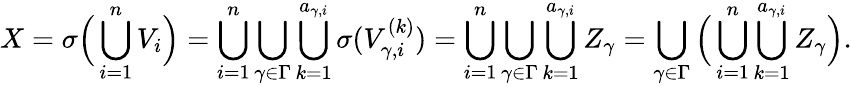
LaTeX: X=\sigma\Big(\bigcup_{i=1}^{n}V_{i}\Big)=\bigcup_{i=1}^{n}\bigcup_{\gamma\in\Gamma}\bigcup_{k=1}^{a_{\gamma,i}}\sigma(V_{\gamma,i}^{(k)})=\bigcup_{i=1}^{n}\bigcup_{\gamma\in\Gamma}\bigcup_{k=1}^{a_{\gamma,i}}Z_{\gamma}=\bigcup_{\gamma\in\Gamma}\Big(\bigcup_{i=1}^{n}\bigcup_{k=1}^{a_{\gamma,i}}Z_{\gamma}\Big).